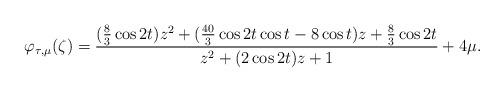
LaTeX: \begin{align*} \varphi_{\tau,\mu}(\zeta) = \frac{ (\frac{8}{3}\cos2t)z^2+ (\frac{40}{3}\cos2t\cos t-8\cos t)z + \frac{8}{3}\cos2t}{z^2+ (2\cos2t)z +1 } + 4\mu.\end{align*}